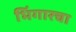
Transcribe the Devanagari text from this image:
भिंगारचा